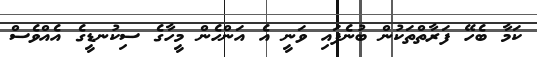
ކަމާ ބެހޭ ފަރާތްތަކުން ބުނެފައި ވަނީ އެ އަންހެން މީހާގެ ސިކުނޑީގެ އެއްވެސް